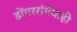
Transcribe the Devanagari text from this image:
डोंगररांगेचाही